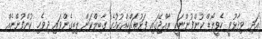
އަދި ވިދާޅުވީ ހެވީލޯޑް ކުންފުންޏަކީ ރާއްޖޭގައި ފަޅުތައްހިއްކުމުގެ ގާބިލްކަން ލިބިގެންވައި ދިވެހި ކުންފުންޏެއް